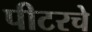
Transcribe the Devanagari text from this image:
पीटरचे